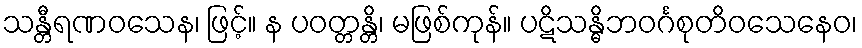
သန္တီရဏဝသေန၊ ဖြင့်။ န ပဝတ္တန္တိ၊ မဖြစ်ကုန်။ ပဋိသန္ဓိဘဝင်္ဂစုတိဝသေနေဝ၊